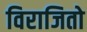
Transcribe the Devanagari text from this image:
विराजितो